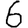
Digit: 6